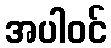
အပါဝင်